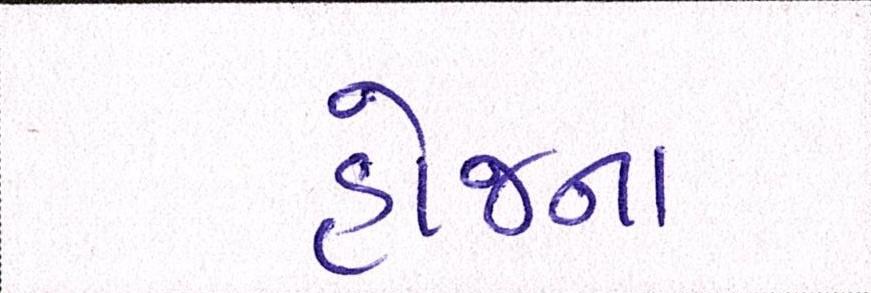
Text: હોજના